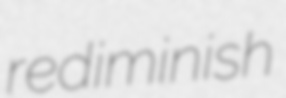
rediminish